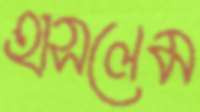
হাসলেম